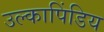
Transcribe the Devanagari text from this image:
उल्कापिंडिय